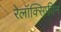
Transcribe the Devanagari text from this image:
रेलॉक्सिफीन